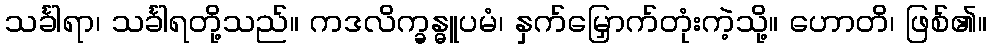
သင်္ခါရာ၊ သင်္ခါရတို့သည်။ ကဒလိက္ခန္ဓူပမံ၊ နှက်မြှောက်တုံးကဲ့သို့။ ဟောတိ၊ ဖြစ်၏။